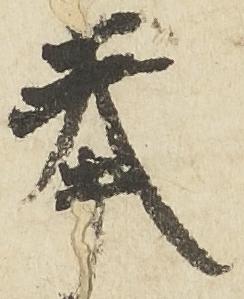
奉